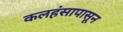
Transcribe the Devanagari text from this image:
कलहंसापासून